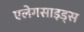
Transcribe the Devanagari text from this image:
एलेगसाइड्स